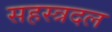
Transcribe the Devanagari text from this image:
सहस्त्रदल